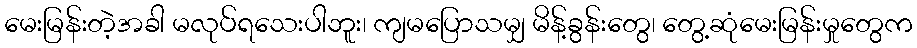
မေးမြန်းတဲ့အခါ မလုပ်ရသေးပါဘူး၊ ကျမပြောသမျှ မိန့်ခွန်းတွေ၊ တွေ့ဆုံမေးမြန်းမှုတွေက